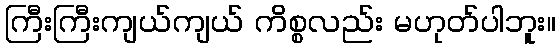
ကြီးကြီးကျယ်ကျယ် ကိစ္စလည်း မဟုတ်ပါဘူး။